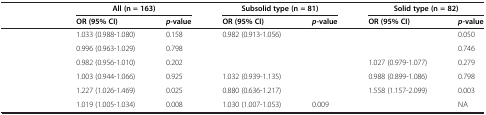
<table><thead><tr><td>[EMPTY_CELL]</td><td colspan="2"><b>All (n = 163)</b></td><td colspan="2"><b>Subsolid type (n = 81)</b></td><td colspan="2"><b>Solid type (n = 82)</b></td></tr><tr><td>[EMPTY_CELL]</td><td><b>OR (95% CI)</b></td><td><b><i>p</i>-value</b></td><td><b>OR (95% CI)</b></td><td><b><i>p</i>-value</b></td><td><b>OR (95% CI)</b></td><td><b><i>p</i>-value</b></td></tr></thead><tbody><tr><td>[EMPTY_CELL]</td><td>1.033 (0.988-1.080)</td><td>0.158</td><td>0.982 (0.913-1.056)</td><td>[EMPTY_CELL]</td><td>[EMPTY_CELL]</td><td>0.050</td></tr><tr><td>[EMPTY_CELL]</td><td>0.996 (0.963-1.029)</td><td>0.798</td><td>[EMPTY_CELL]</td><td>[EMPTY_CELL]</td><td>[EMPTY_CELL]</td><td>0.746</td></tr><tr><td>[EMPTY_CELL]</td><td>0.982 (0.956-1.010)</td><td>0.202</td><td>[EMPTY_CELL]</td><td>[EMPTY_CELL]</td><td>1.027 (0.979-1.077)</td><td>0.279</td></tr><tr><td>[EMPTY_CELL]</td><td>1.003 (0.944-1.066)</td><td>0.925</td><td>1.032 (0.939-1.135)</td><td>[EMPTY_CELL]</td><td>0.988 (0.899-1.086)</td><td>0.798</td></tr><tr><td>[EMPTY_CELL]</td><td>1.227 (1.026-1.469)</td><td>0.025</td><td>0.880 (0.636-1.217)</td><td>[EMPTY_CELL]</td><td>1.558 (1.157-2.099)</td><td>0.003</td></tr><tr><td>[EMPTY_CELL]</td><td>1.019 (1.005-1.034)</td><td>0.008</td><td>1.030 (1.007-1.053)</td><td>0.009</td><td>[EMPTY_CELL]</td><td>NA</td></tr></tbody></table>